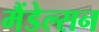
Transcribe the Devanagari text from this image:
मैंडेल्सन